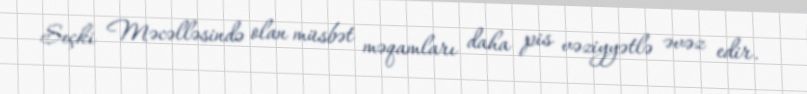
Seçki Məcəlləsində olan müsbət məqamları daha pis vəziyyətlə əvəz edir.